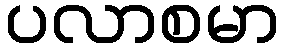
ပလာစမာ